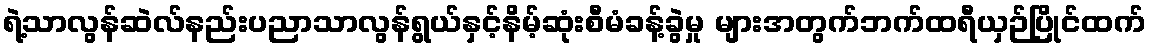
ရဲ့သာလွန်ဆဲလ်နည်းပညာသာလွန်ရွယ်နှင့်နိမ့်ဆုံးစီမံခန့်ခွဲမှု များအတွက်ဘက်ထရီယှဉ်ပြိုင်ထက်